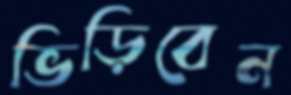
ভিড়িবেন